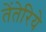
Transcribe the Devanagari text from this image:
तेंतेरिये